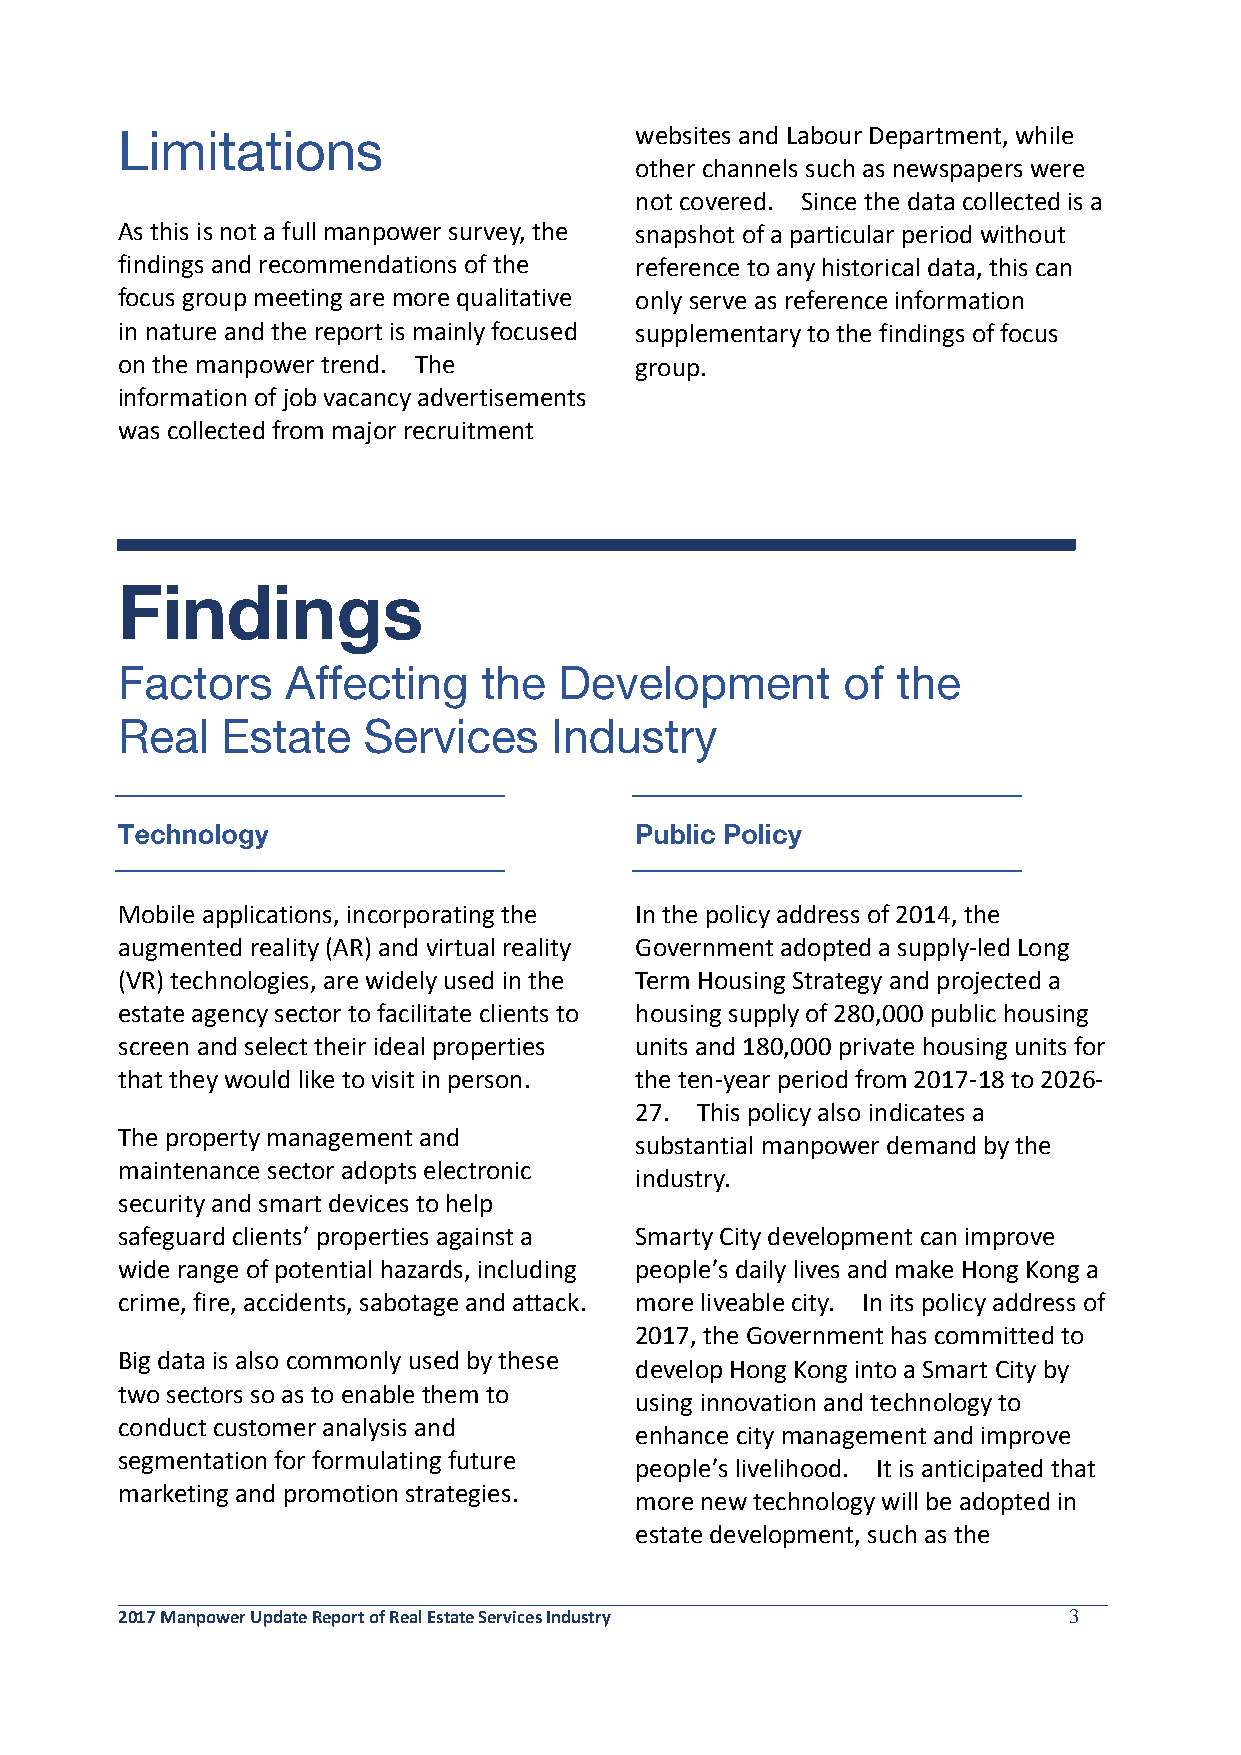
websites and Labour Department, while
 other channels such as newspapers were
 not covered. Since the data collected is a
 As this is not a full manpower survey, the snapshot of a particular period without
 findings and recommendations of the reference to any historical data, this can
 focus group meeting are more qualitative only serve as reference information
 in nature and the report is mainly focused supplementary to the findings of focus
 on the manpower trend. The        group.
 information of job vacancy advertisements
 was collected from major recruitment
 Mobile applications, incorporating the In the policy address of 2014, the
 augmented reality (AR) and virtual reality Government adopted a supply-led Long
 (VR) technologies, are widely used in the Term Housing Strategy and projected a
 estate agency sector to facilitate clients to housing supply of 280,000 public housing
 screen and select their ideal properties units and 180,000 private housing units for
 that they would like to visit in person. the ten-year period from 2017-18 to 2026-
 27. This policy also indicates a
 The property management and
 substantial manpower demand by the
 maintenance sector adopts electronic
 industry.
 security and smart devices to help
 safeguard clients’ properties against a Smarty City development can improve
 wide range of potential hazards, including people’s daily lives and make Hong Kong a
 crime, fire, accidents, sabotage and attack. more liveable city. In its policy address of
 2017, the Government has committed to
 Big data is also commonly used by these
 develop Hong Kong into a Smart City by
 two sectors so as to enable them to
 using innovation and technology to
 conduct customer analysis and
 enhance city management and improve
 segmentation for formulating future
 people’s livelihood. It is anticipated that
 marketing and promotion strategies.
 more new technology will be adopted in
 estate development, such as the
 2017 Manpower Update Report of Real Estate Services Industry   3